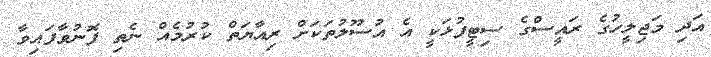
އަދި މަޖިލީހުގެ ރައީސްގެ ސިޓީފުޅަކީ އެ އުސޫލުތަކަށް ރިއާޔަތް ކުރުމެއް ނެތި ފޮނުވާފައިވާ